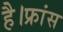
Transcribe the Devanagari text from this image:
है।फ्रांस